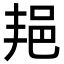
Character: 邫